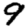
Digit: 9